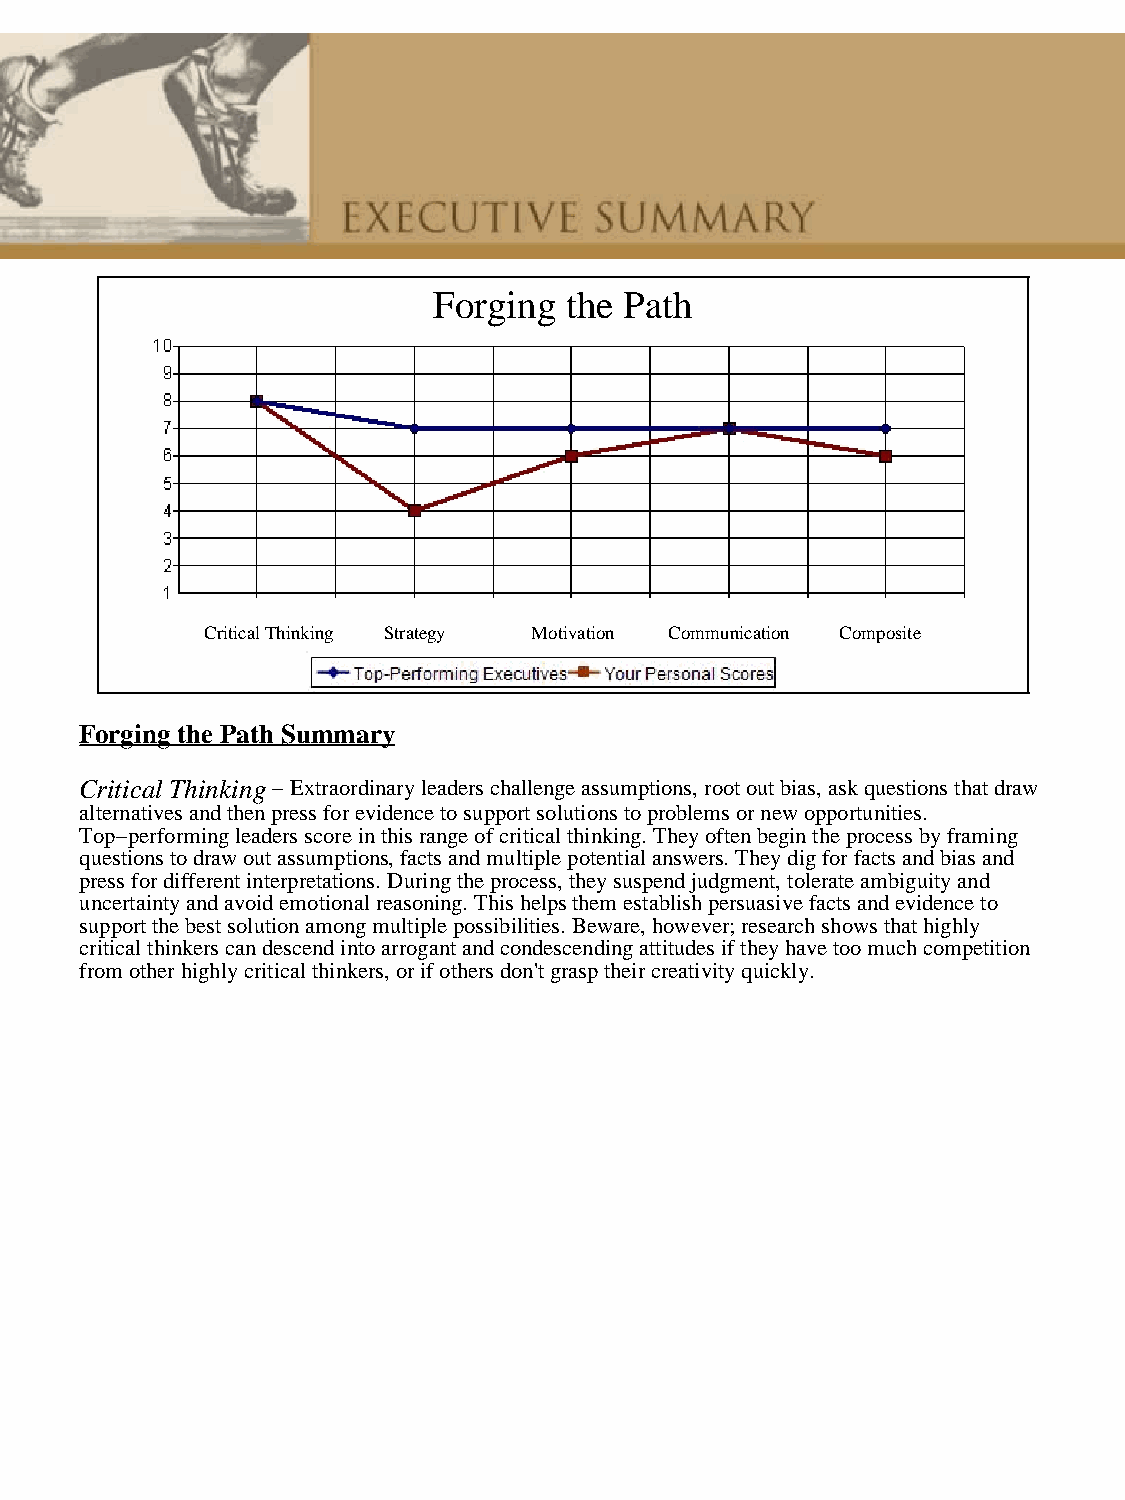
Forging the Path
 Critical Thinking Strategy Motivation Communication Composite
 Forging the Path Summary
 Critical Thinking − Extraordinary leaders challenge assumptions, root out bias, ask questions that draw
 alternatives and then press for evidence to support solutions to problems or new opportunities.
 Top−performing leaders score in this range of critical thinking. They often begin the process by framing
 questions to draw out assumptions, facts and multiple potential answers. They dig for facts and bias and
 press for different interpretations. During the process, they suspend judgment, tolerate ambiguity and
 uncertainty and avoid emotional reasoning. This helps them establish persuasive facts and evidence to
 support the best solution among multiple possibilities. Beware, however; research shows that highly
 critical thinkers can descend into arrogant and condescending attitudes if they have too much competition
 from other highly critical thinkers, or if others don't grasp their creativity quickly.